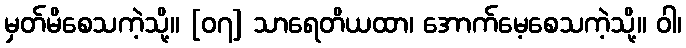
မှတ်မိစေသကဲ့သို့။ [၀၇] သာရေတိယထာ၊ အောက်မေ့စေသကဲ့သို့။ ဝါ၊